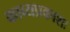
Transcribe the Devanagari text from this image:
काव्यप्रकाशः